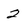
Character: 2